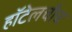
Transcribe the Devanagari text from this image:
हॉटेलचीच